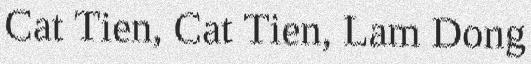
Cat Tien, Cat Tien, Lam Dong